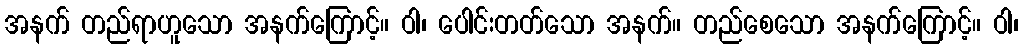
အနက် တည်ရာဟူသော အနက်ကြောင့်။ ဝါ၊ ပေါင်းတတ်သော အနက်။ တည်စေသော အနက်ကြောင့်။ ဝါ၊